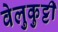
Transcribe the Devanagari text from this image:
वेलुकुट्टी